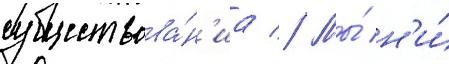
существова́н'иа // Мы́ н'и́